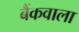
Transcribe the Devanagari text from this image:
बैंकवाला